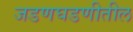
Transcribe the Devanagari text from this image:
जडणघडणीतील